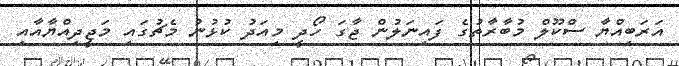
އަރަބިއްޔާ ސްކޫލް މުބާރާތުގެ ފައިނަލުން ޖާގަ ހޯދީ މިއަދު ކުޅުނު މެޗުގައި މަޖީދިއްޔާއާއި